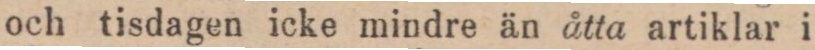
och tisdagen icke mindre än åtta artiklar i